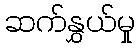
ဆက်နွှယ်မှု